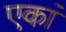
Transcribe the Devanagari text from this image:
एकां